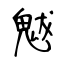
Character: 魃